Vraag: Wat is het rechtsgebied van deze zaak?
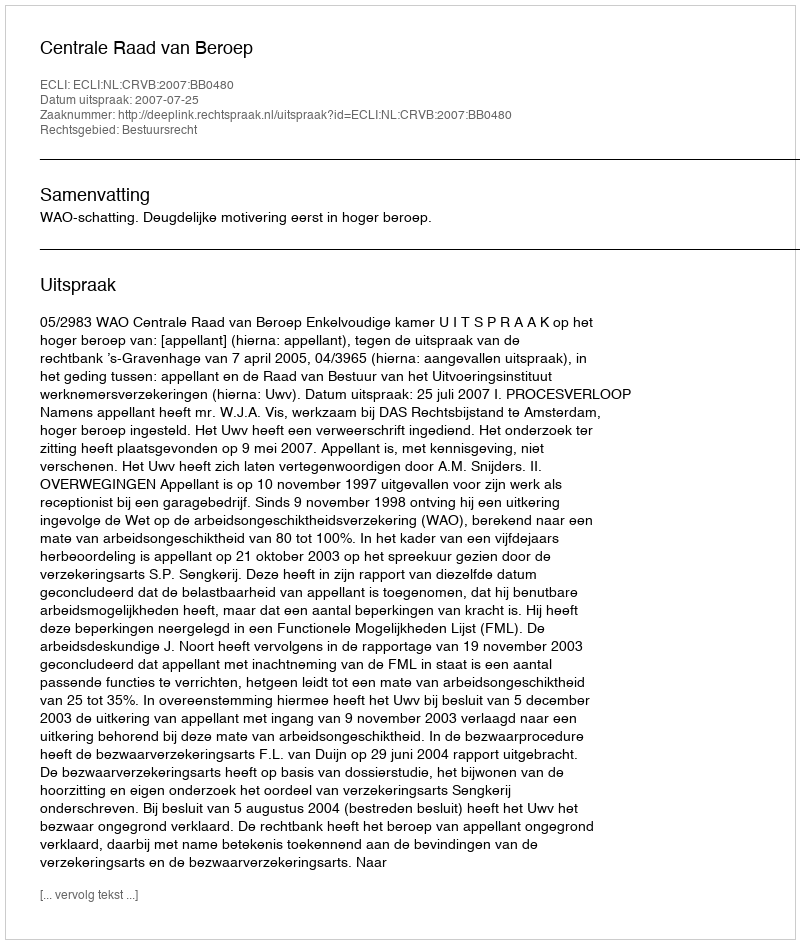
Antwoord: Bestuursrecht